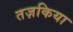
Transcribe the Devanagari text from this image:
तज़किया